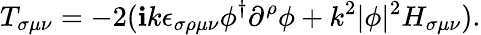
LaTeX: T_{\sigma\mu\nu}=-2(\mathbf{i}k\epsilon_{\sigma\rho\mu\nu}\phi^{\dagger}\partial^{\rho}\phi+k^{2}|\phi|^{2}H_{\sigma\mu\nu}).